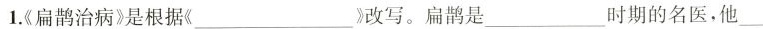
1.《扁鹊治病》是根据《_____)改写。扁鹊是_____时期的名医，他